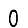
Digit: 0